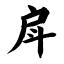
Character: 戽